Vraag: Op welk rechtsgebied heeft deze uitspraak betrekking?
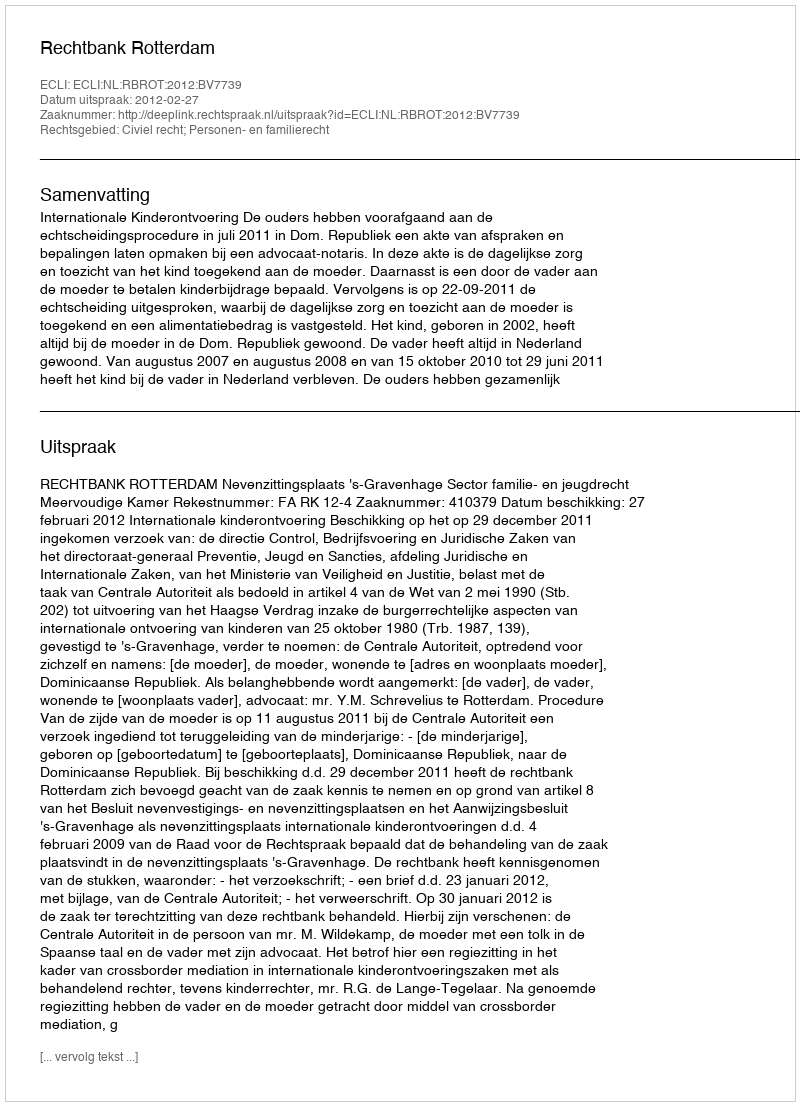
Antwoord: Civiel recht; Personen- en familierecht